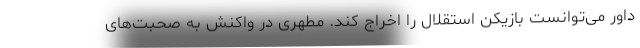
داور می‌توانست بازیکن استقلال را اخراج کند. مطهری در واکنش به صحبت‌های